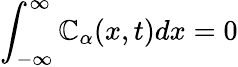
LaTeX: \int_{-\infty}^{\infty}\mathbb{C}_{\alpha}(x,t)dx=0